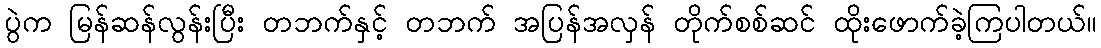
ပွဲက မြန်ဆန်လွန်းပြီး တဘက်နှင့် တဘက် အပြန်အလှန် တိုက်စစ်ဆင် ထိုးဖောက်ခဲ့ကြပါတယ်။